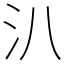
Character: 汃